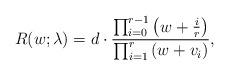
LaTeX: \begin{align*} R(w; \lambda) = d \cdot \dfrac{\prod_{i=0}^{r-1} \left(w+\frac{i}{r}\right)}{\prod_{i=1}^{r} \left(w+v_i\right)}, \end{align*}